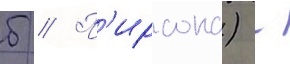
б // П'ирсона) -